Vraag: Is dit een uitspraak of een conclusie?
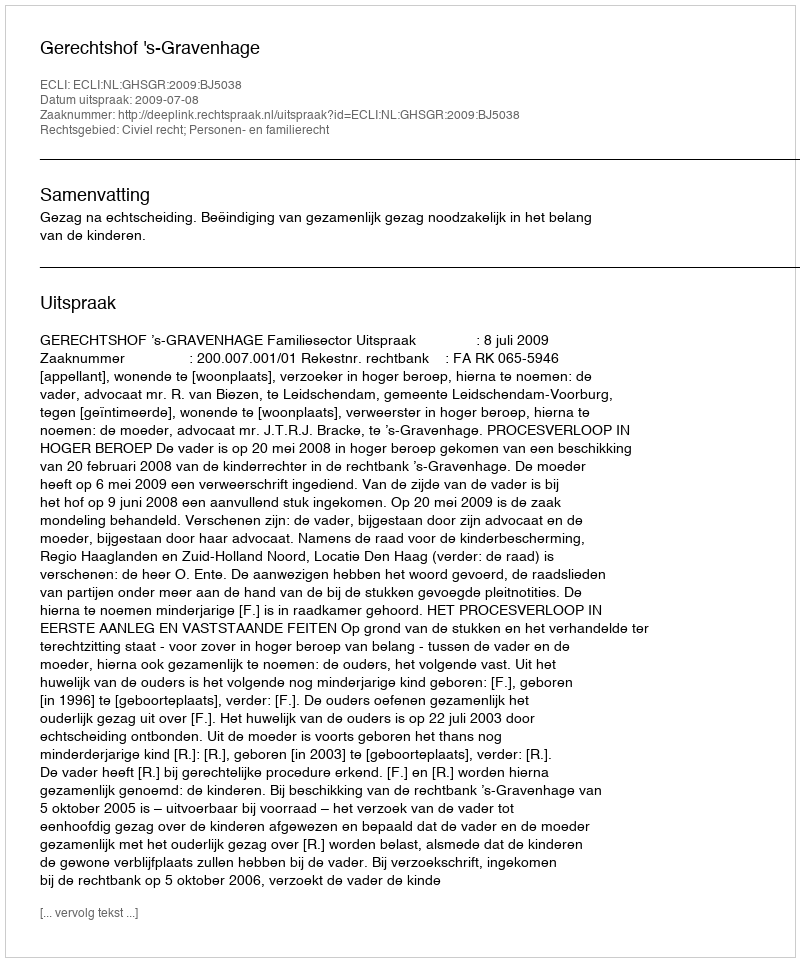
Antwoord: Uitspraak